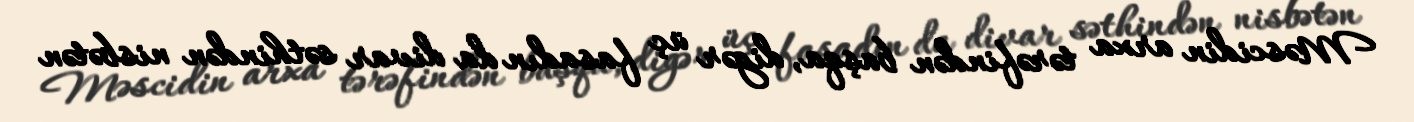
Məscidin arxa tərəfindən başqa, digər üç fasadın da divar səthindən nisbətən